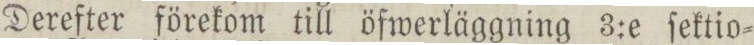
Derefter förekom till öfwerläggning 3:e ſektio=